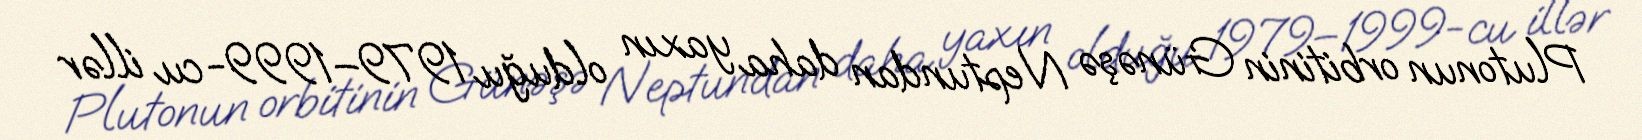
Plutonun orbitinin Günəşə Neptundan daha yaxın olduğu 1979–1999-cu illər